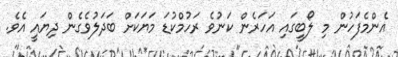
އެންމެފަހުން މި ލޯބީގައި އަހަރެން ކަނުވެ ރަހުމްކުޑަ މަޔަކަށް ބަދަލުވެގެން ދިޔައީ އެވެ.